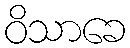
ဝိသာခေ